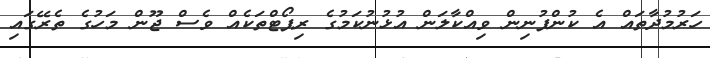
ހަރުމުދާތައް އެ ކުންފުނިން ވިއްކާލަން އުޅުނުކަމުގެ ރިޕޯޓްތަކެއް ވެސް ޖޫން މަހުގެ ތެރޭގައި